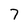
Character: 7